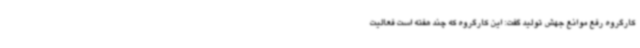
کارگروه رفع موانع جهش تولید گفت: این کارگروه که چند هفته است فعالیت